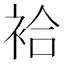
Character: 袷